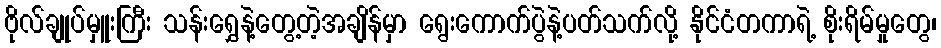
ဗိုလ်ချုပ်မှူးကြီး သန်းရွှေနဲ့တွေ့တဲ့အချိန်မှာ ရွေးကောက်ပွဲနဲ့ပတ်သက်လို့ နိုင်ငံတကာရဲ့ စိုးရိမ်မှုတွေ၊